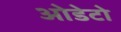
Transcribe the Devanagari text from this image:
ओडेटो